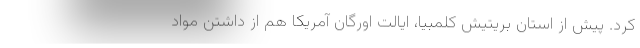
کرد. پیش از استان بریتیش کلمبیا، ایالت اورگان آمریکا هم از داشتن مواد